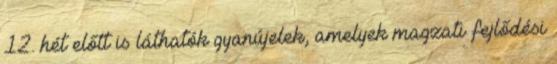
12. hét előtt is láthatók gyanújelek, amelyek magzati fejlődési